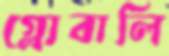
গ্লোবালি